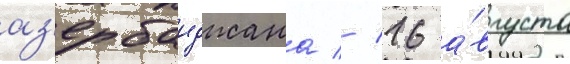
аз'ербаиджана // 16 а́вгуста